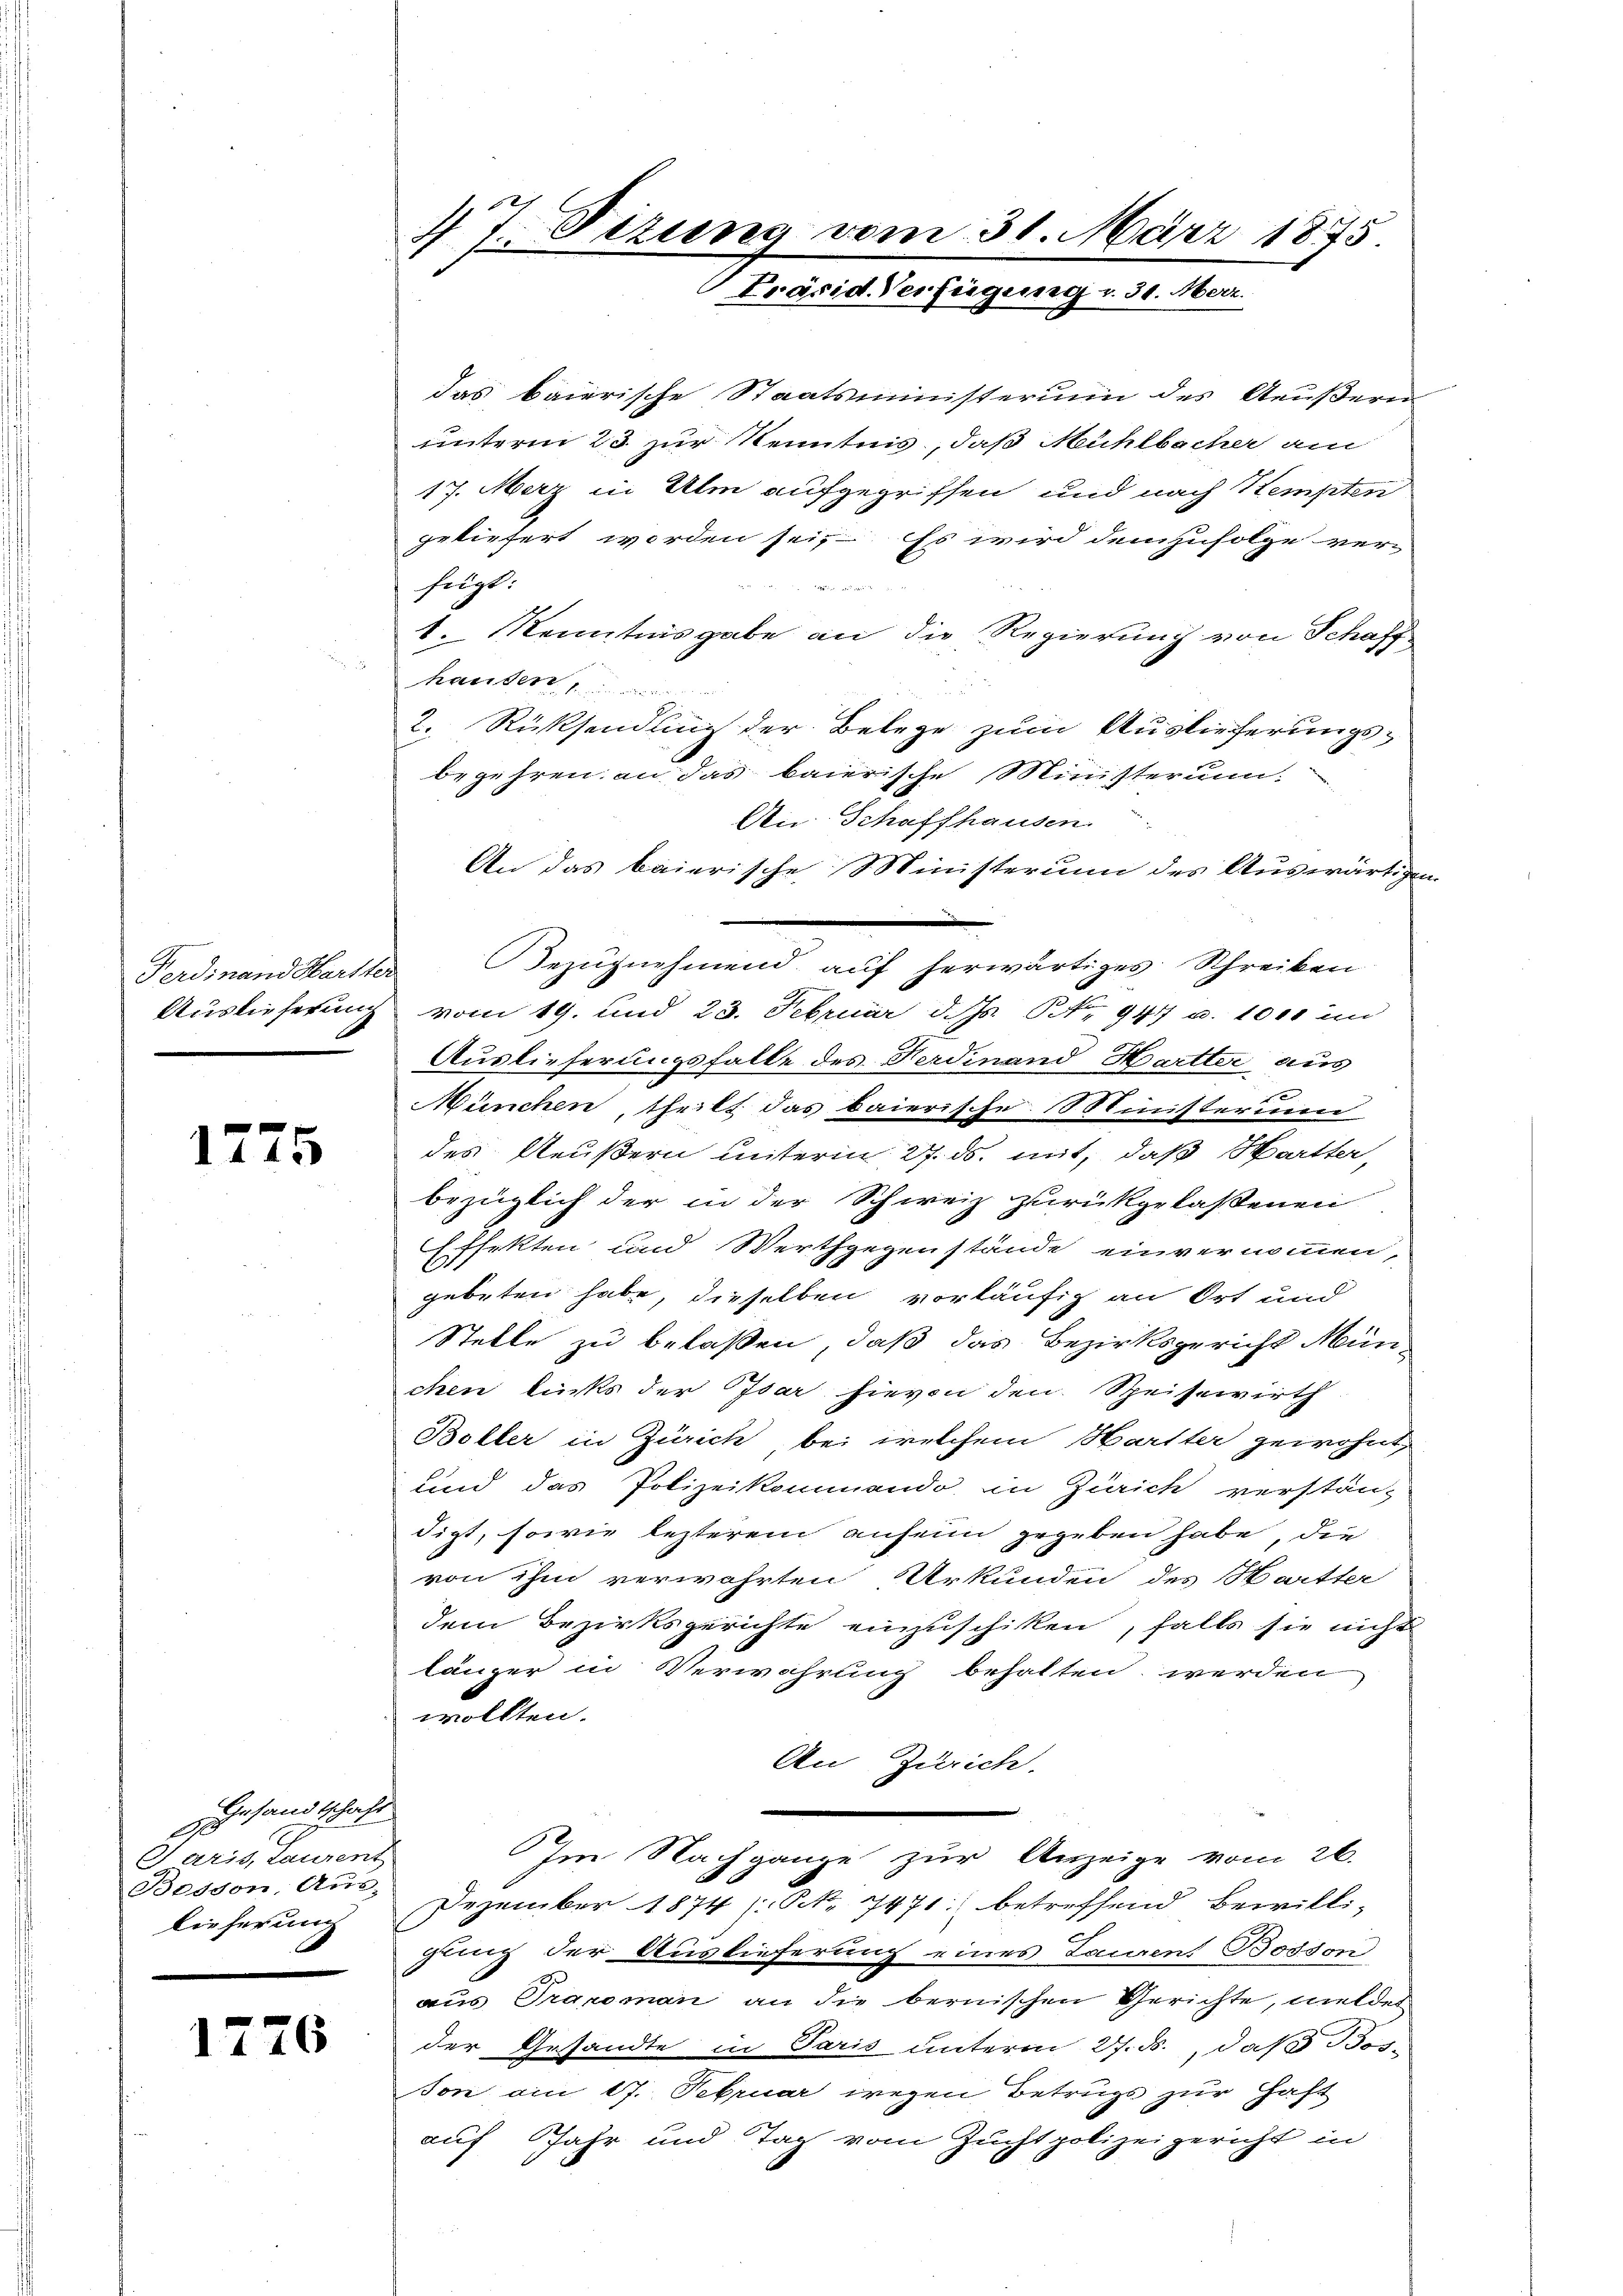
1775

Gesandtschaft
G.
Paris, Laurent
Beddon, Aus-
lieferung

1776

das baierische Staatsministerium des Aeußern
unterm 23. zur Kenntnis, daß Mühlbacher am
17. Merz in Alm aufgegriffen und nach Stempten
geliefert werden sei. Es wird demzufolge ver-
fügt:

1. Kenntnisgabe an die Regierung von Schaff
hatte
2. Rücksendling der Belege zum Auslieferungsbegehren, an das baierische Ministerun-
An Schaffhausen.
An das baierische Ministerium des Auswärtigen
Ferdinand Hartter Bezŭgnehmend aŭf herwärtiges Schreiben
Auslieferung vom 19. und 23. Februar d. Js. Nr. 947 u. 1000 in
Auslieferungsfalle des Ferdinand Hartler aus
München, theilt das baierische Ministerium
des Aeußern unterm 27. ds. mit, daß Hartter,
bezüglich der in der Schweiz zurückgelassenen
Effekten und Werthgegenstände einvernommen,
gebeten habe, dieselben vorläufig an Ort und
Stelle zu belassen, daß das Bezirksgericht München lücks der Isar hievon den Speisewirth
Boller in Zürich bei welchem Hartter gewohnt,
und das Polizeikommendo in Zürich verstanz
digt, sowie lezterem anheim gegeben habe, die
von ihm verwahrten Urkunden des Hartter
dem Bezirksgerichte einzuschiken, falls sie nicht
länger in Verwahrung behalten werden
wollten.
An Zürich.
Im Nachgange zur Anzeige vom 26.
Dezember 1874 (N. 7471 betreffend Bewilligung der Auslieferung eines Laurent Bosson
aus Tranoman an die bernischen Gerichte, melder
der Gesandte in Paris unterm 27. ds., daß Bosson am 17. Februar wegen Betrugs zur Haft
auf Jahr und Tag vom Zuchtpolizeigericht in

47. Sizung vom 31. März 1875.
Präsid. Verfügung v. 30. Merz.